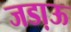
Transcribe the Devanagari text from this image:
जडा़ऊ